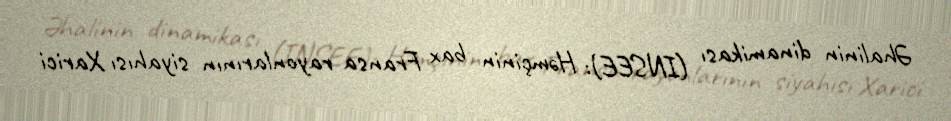
Əhalinin dinamikası (INSEE): Həmçinin bax Fransa rayonlarının siyahısı Xarici